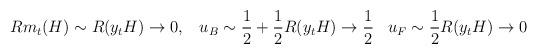
LaTeX: \begin{align*}R m_{t}(H) \sim R(y_{t} H) \rightarrow 0, \; \; \; u_{B} \sim \frac{1}{2} + \frac{1}{2} R(y_{t} H) \rightarrow \frac{1}{2} \; \; \; u_{F} \sim \frac{1}{2} R(y_{t} H) \rightarrow 0\end{align*}